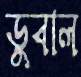
ডুবাল